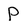
Character: P